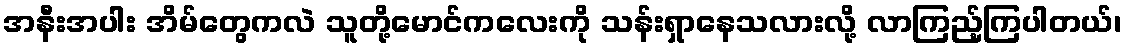
အနီးအပါး အိမ်တွေကလဲ သူတို့မောင်ကလေးကို သန်းရှာနေသလားလို့ လာကြည့်ကြပါတယ်၊